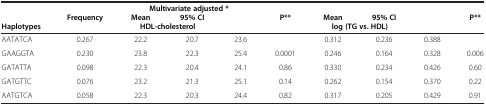
| <ROWSPAN=3> Haplotypes | <ROWSPAN=3> Frequency | <COLSPAN=3> Multivariate adjusted * |  | <ROWSPAN=2> Mean | <ROWSPAN=2> 95% CI | <ROWSPAN=3>  | <ROWSPAN=3> P** |
 | Mean | 95% CI |  | P** |
 | <COLSPAN=2> HDL-cholesterol |  |  | <COLSPAN=2> log (TG vs. HDL) |
 | --- | --- | --- | --- | --- | --- | --- | --- | --- | --- |
 | AATATCA | 0.267 | 22.2 | 20.7 | 23.6 |  | 0.312 | 0.236 | 0.388 |  |
 | GAAGGTA | 0.230 | 23.8 | 22.3 | 25.4 | 0.0001 | 0.246 | 0.164 | 0.328 | 0.006 |
 | GATATTA | 0.098 | 22.3 | 20.4 | 24.1 | 0.86 | 0.330 | 0.234 | 0.426 | 0.60 |
 | GATGTTC | 0.076 | 23.2 | 21.3 | 25.1 | 0.14 | 0.262 | 0.154 | 0.370 | 0.22 |
 | AATGTCA | 0.058 | 22.3 | 20.3 | 24.4 | 0.82 | 0.317 | 0.205 | 0.429 | 0.91 |